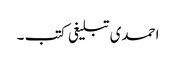
احمدی تبلیغی کتب ۔